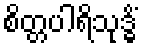
စိတ္တပါရိသုဒ္ဓိံ